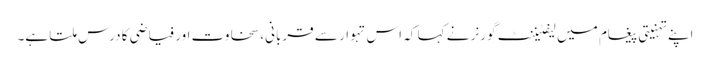
اپنے تہنیتی پیغام میں لیفٹیننٹ گورنر نے کہا کہ اس تہوار سے قربانی، سخاوت اور فیاضی کا درس ملتا ہے۔